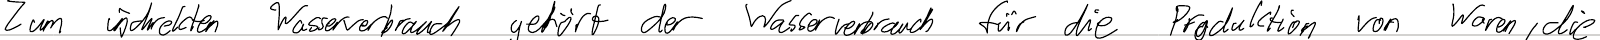
Zum indirekten Wasserverbrauch gehört der Wasserverbrauch für die Produktion von Waren, die